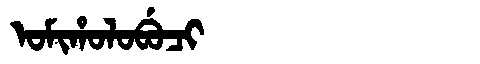
Manchu: ᠣᠮᡳᡥᠣᠯᠣᠪᡠᠴᡳ
Romanization: OMIHOLOBUCI